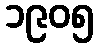
၁၉၀၅